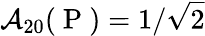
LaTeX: \mathcal{A}_{20}(\mathrm{~P~})=1/\sqrt{2}